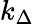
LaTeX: k_{\Delta}